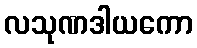
လသုဏဒါယကော